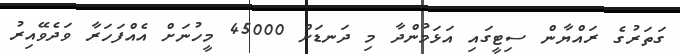
ގަތަރުގެ ރައްޔާން ސިޓީގައި އަޅަމުންދާ މި ދަނޑަށް 45000 މީހުނަށް އެއްފަހަރާ ވަދެވޭއިރު